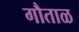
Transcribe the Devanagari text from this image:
गौताळ